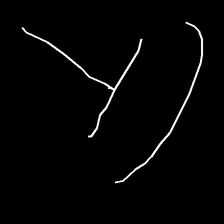
Glyph: dispersion